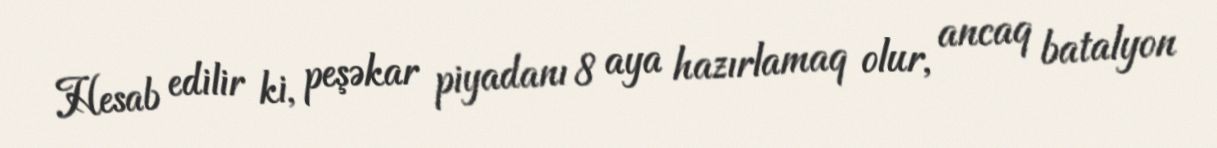
Hesab edilir ki, peşəkar piyadanı 8 aya hazırlamaq olur, ancaq batalyon